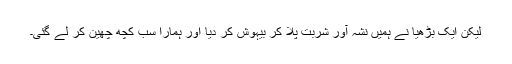
لیکن ایک بڑھیا نے ہمیں نشہ آور شربت پلا کر بیہوش کر دیا اور ہمارا سب کچھ چھین کر لے گئی۔